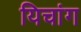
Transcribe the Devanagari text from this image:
यिचांग